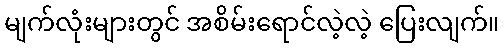
မျက်လုံးများတွင် အစိမ်းရောင်လဲ့လဲ့ ပြေးလျက်။